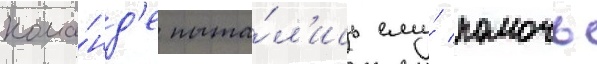
кома́нд'е пыта́л'ись ему́ помочь